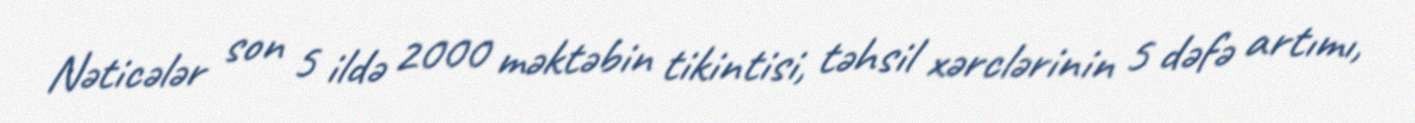
Nəticələr son 5 ildə 2000 məktəbin tikintisi, təhsil xərclərinin 5 dəfə artımı,